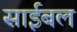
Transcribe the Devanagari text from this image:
साईबल